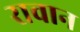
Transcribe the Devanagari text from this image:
रावान